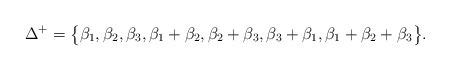
LaTeX: \begin{gather*} \Delta^+ = \big\{ \beta_1, \beta_2, \beta_3, \beta_1+\beta_2, \beta_2+\beta_3, \beta_3+\beta_1, \beta_1+\beta_2+\beta_3 \big\}.\end{gather*}